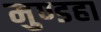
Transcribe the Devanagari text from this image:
मुण्डहा